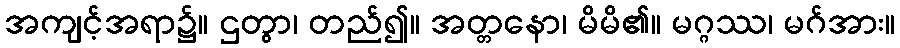
အကျင့်အရာ၌။ ဌတွာ၊ တည်၍။ အတ္တနော၊ မိမိ၏။ မဂ္ဂဿ၊ မဂ်အား။